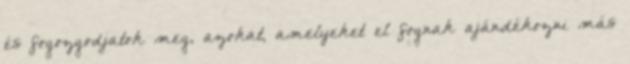
és fogozgodjatok meg, azokat, amelyeket el fognak ajándékozni más